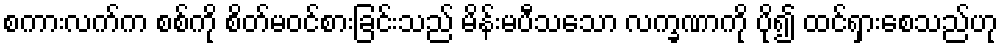
စကားလက်က စစ်ကို စိတ်မဝင်စားခြင်းသည် မိန်းမပီသသော လက္ခဏာကို ပို၍ ထင်ရှားစေသည်ဟု